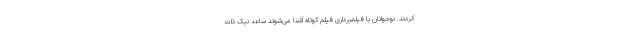
کردند. نوجوانان با فیلمبرداری فیلم کوتاه آشنا می‌شوند ساعد نیک ذات